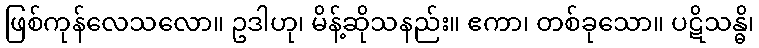
ဖြစ်ကုန်လေသလော။ ဥဒါဟု၊ မိန့်ဆိုသနည်း။ ဧကာ၊ တစ်ခုသော။ ပဋိသန္ဓိ၊